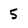
Character: 5